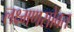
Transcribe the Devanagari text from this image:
लक्ष्मणसोबत